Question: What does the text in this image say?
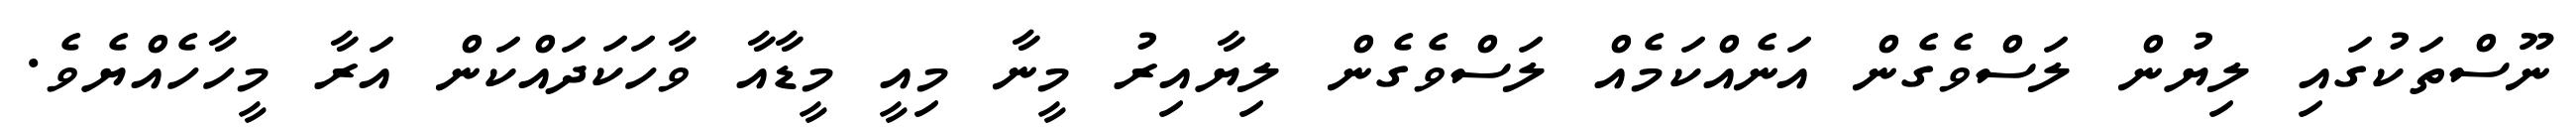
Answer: ނޫސްތަކުގައި ލިޔުން ލަސްވެގެން އަނެއްކަމެއް ލަސްވެގެން ލިޔާއިރު މީނާ މިއީ މީޑާއާ ވާހަކަދައްކަން އަރާ މީހާހެއްޔެވެ.